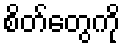
စိတ်တွေကို